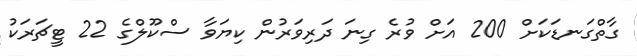
ގާތްގަނޑަކަށް 200 އަށް ވުރެ ގިނަ ދަރިވަރުން ކިޔަވާ ސްކޫލްގެ 22 ޓީޗަރަކު